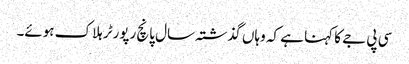
سی پی جے کا کہنا ہے کہ وہاں گذشتہ سال پانچ رپورٹر ہلاک ہوئے۔